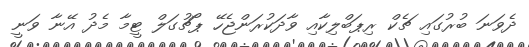
ދެވަނަ ބުރުގައި ޗެކް ރިޕަބްލިކާއި ވާދަކުރަންޖެހޭ ޕޯޗުގަލް ޓީމާ މެދު އޭނާ ވަނީ